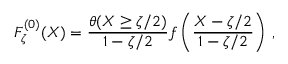
{ \cal F } _ { \zeta } ^ { ( 0 ) } ( X ) = \frac { \theta ( X \geq \zeta / 2 ) } { 1 - \zeta / 2 } f \left( \frac { X - \zeta / 2 } { 1 - \zeta / 2 } \right) \, ,